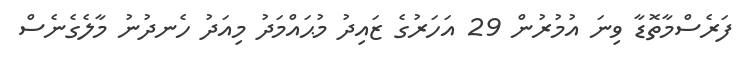
ފަރެސްމާތޮޑާ ވިނަ އުމުރުން 29 އަހަރުގެ ޒައިދު މުޙައްމަދު މިއަދު ހެނދުނު މާލެގެނެސް